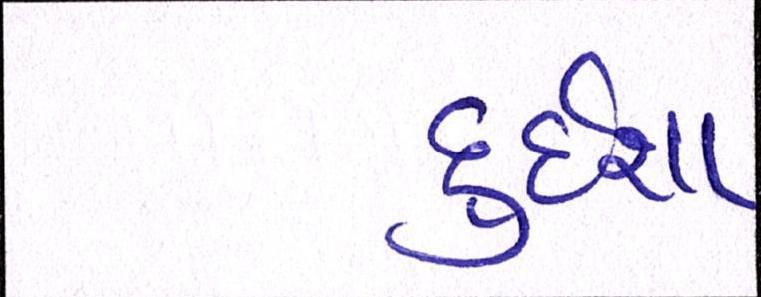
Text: દુર્દશા